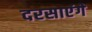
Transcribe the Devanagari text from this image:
दरसाएंगे